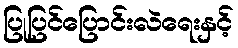
ပြုပြင်ပြောင်းလဲရေးနှင့်